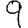
Digit: 9